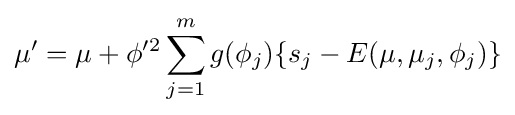
\mu '=\mu +\phi '^{2}\sum _{j=1}^{m}g(\phi _{j})\{s_{j}-E(\mu ,\mu _{j},\phi _{j})\}